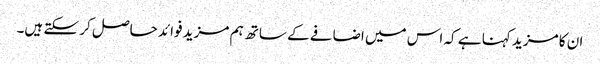
ان کا مزید کہنا ہے کہ اس میں اضافے کے ساتھ ہم مزید فوائد حاصل کر سکتے ہیں۔